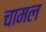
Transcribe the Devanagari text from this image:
चामल